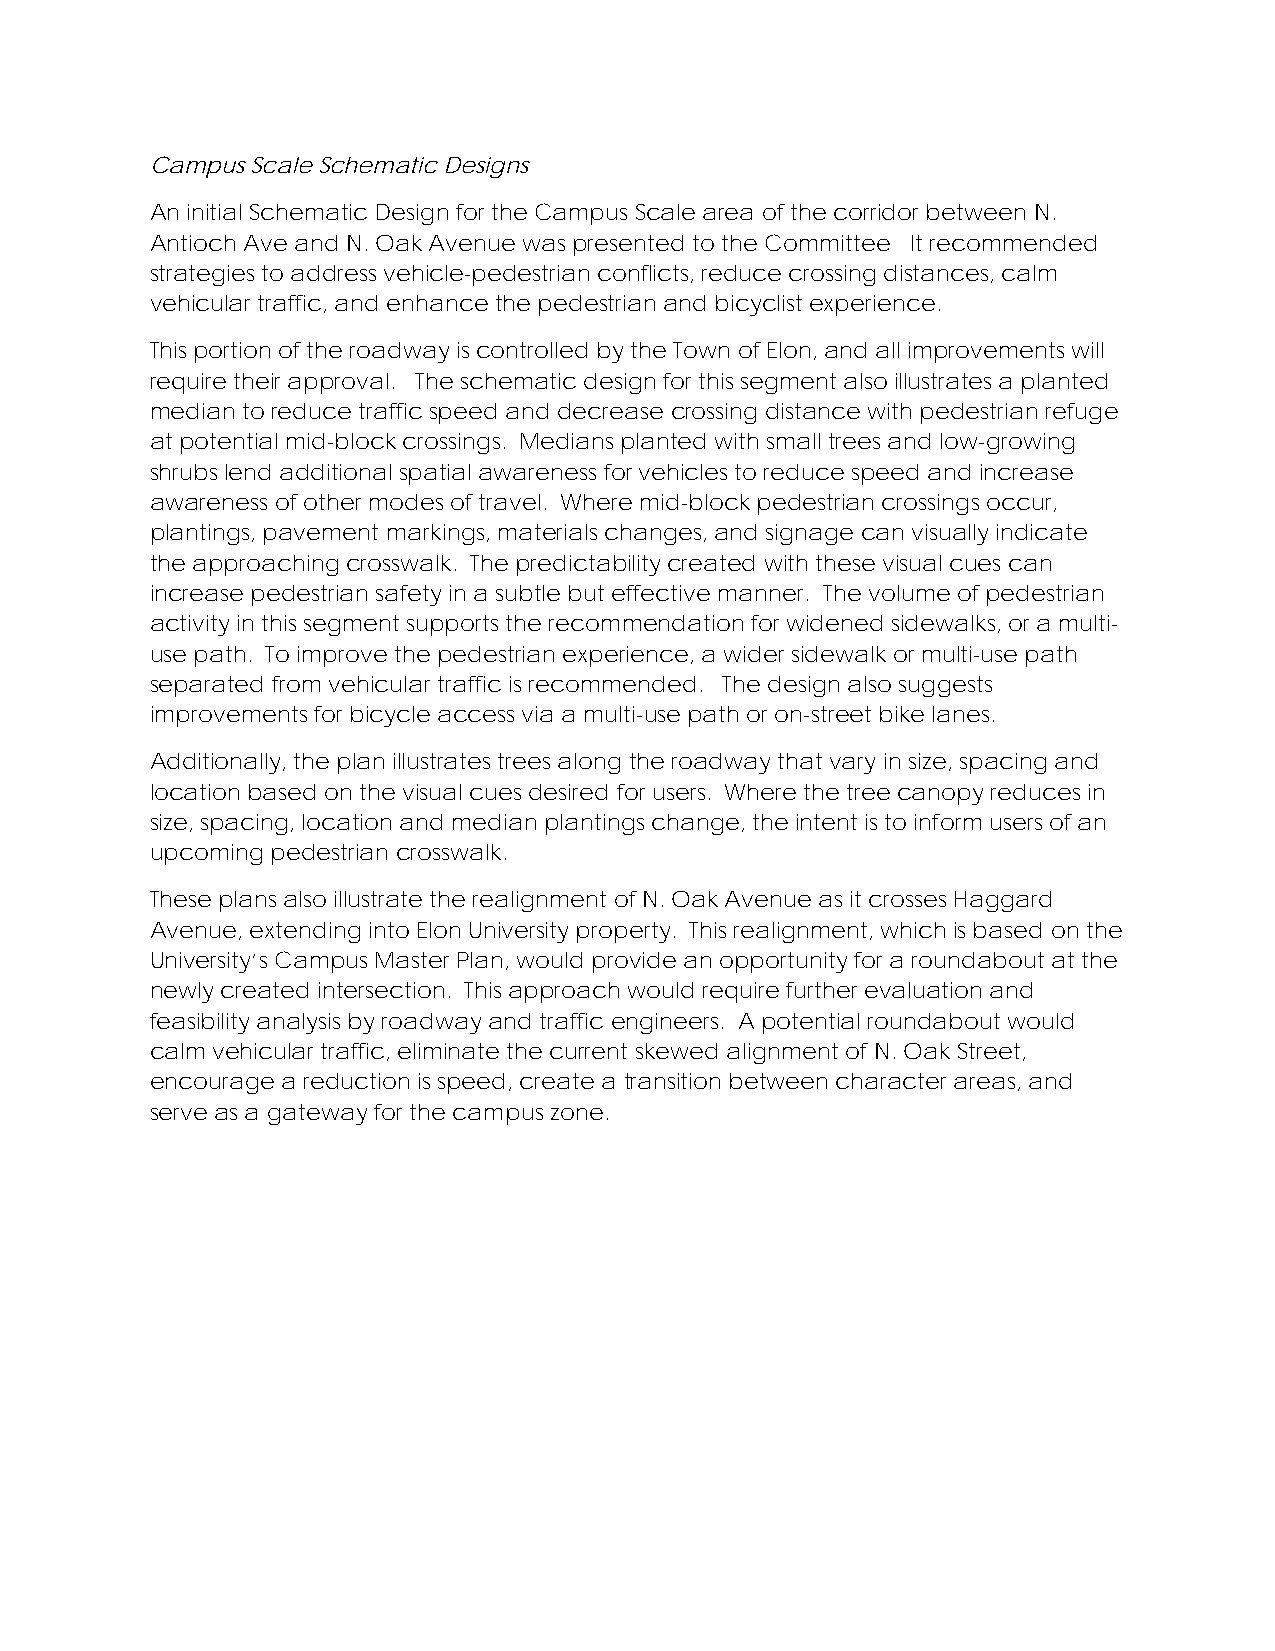
Campus Scale Schematic Designs
 An initial Schematic Design for the Campus Scale area of the corridor between N.
 Antioch Ave and N. Oak Avenue was presented to the Committee It recommended
 strategies to address vehicle-pedestrian conflicts, reduce crossing distances, calm
 vehicular traffic, and enhance the pedestrian and bicyclist experience.
 This portion of the roadway is controlled by the Town of Elon, and all improvements will
 require their approval. The schematic design for this segment also illustrates a planted
 median to reduce traffic speed and decrease crossing distance with pedestrian refuge
 at potential mid-block crossings. Medians planted with small trees and low-growing
 shrubs lend additional spatial awareness for vehicles to reduce speed and increase
 awareness of other modes of travel. Where mid-block pedestrian crossings occur,
 plantings, pavement markings, materials changes, and signage can visually indicate
 the approaching crosswalk. The predictability created with these visual cues can
 increase pedestrian safety in a subtle but effective manner. The volume of pedestrian
 activity in this segment supports the recommendation for widened sidewalks, or a multi-
 use path. To improve the pedestrian experience, a wider sidewalk or multi-use path
 separated from vehicular traffic is recommended. The design also suggests
 improvements for bicycle access via a multi-use path or on-street bike lanes.
 Additionally, the plan illustrates trees along the roadway that vary in size, spacing and
 location based on the visual cues desired for users. Where the tree canopy reduces in
 size, spacing, location and median plantings change, the intent is to inform users of an
 upcoming pedestrian crosswalk.
 These plans also illustrate the realignment of N. Oak Avenue as it crosses Haggard
 Avenue, extending into Elon University property. This realignment, which is based on the
 University’s Campus Master Plan, would provide an opportunity for a roundabout at the
 newly created intersection. This approach would require further evaluation and
 feasibility analysis by roadway and traffic engineers. A potential roundabout would
 calm vehicular traffic, eliminate the current skewed alignment of N. Oak Street,
 encourage a reduction is speed, create a transition between character areas, and
 serve as a gateway for the campus zone.